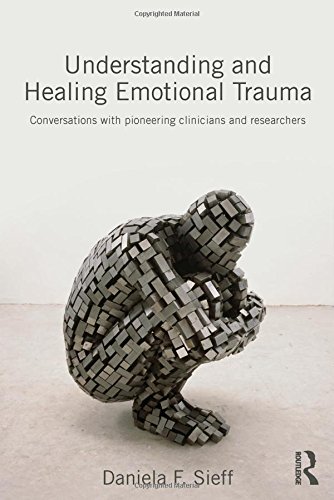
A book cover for Understanding and Healing Emotional Trauma: Conversations with pioneering clinicians and researchers; Daniela F. Sieff; Health, Fitness & Dieting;